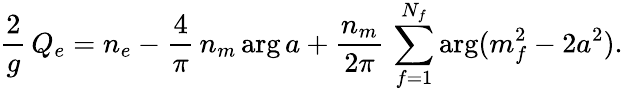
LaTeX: {\frac{2}{g}}\, Q_{e}=n_{e}-{\frac{4}{\pi}}\, n_{m}\arg a+{\frac{n_{m}}{2\pi}}\, \sum_{f=1}^{N_{f}}\arg(m_{f}^{2}-2a^{2}).